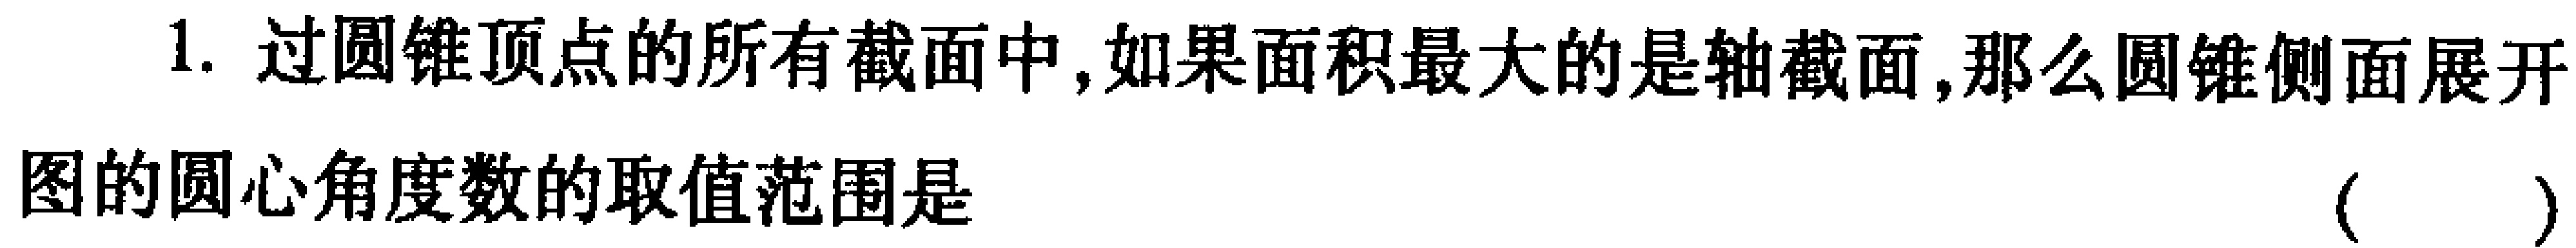
1. 过圆锥顶点的所有截面中，如果面积最大的是轴截面，那么圆锥侧面展开
图的圆心角度数的取值范围是 （  ）